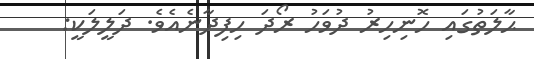
ޙާލަތުގައި ހޮނިހިރު ދުވަހު ރޯދަ ހިފިދާނެއެވެ. ދަލީލަކީ: